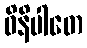
ဝိနိပါတေ